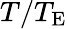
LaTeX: T/T_{\mathrm{{E}}}